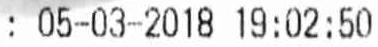
: 05-03-2018 19:02:50